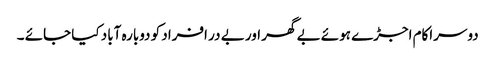
دوسراکام اجڑے ہوئے بے گھر اور بے در افراد کو دوبارہ آباد کیا جائے ۔